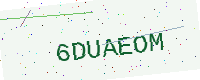
Text: 6DUAEOM